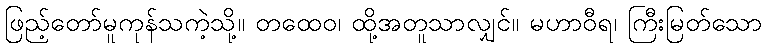
ဖြည့်တော်မူကုန်သကဲ့သို့။ တထေဝ၊ ထို့အတူသာလျှင်။ မဟာဝီရ၊ ကြီးမြတ်သော